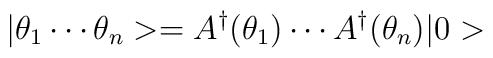
|\theta_1\cdots\theta_n>=A^{\dagger}(\theta_1)\cdots A^{\dagger}(\theta_n)|0>